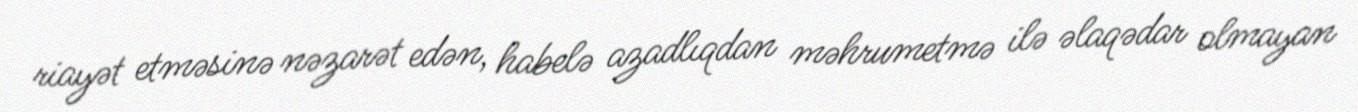
riayət etməsinə nəzarət edən, habelə azadlıqdan məhrumetmə ilə əlaqədar olmayan